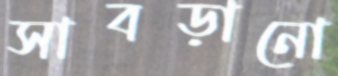
সাবড়ানো